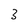
Character: 3